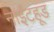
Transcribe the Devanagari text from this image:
नाईटहूड